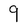
Character: 9